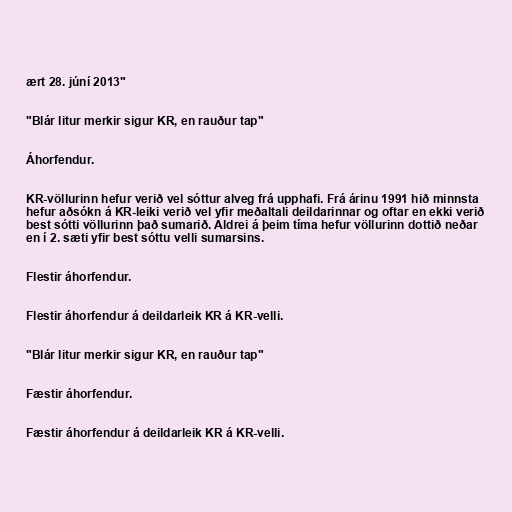
ært 28. júní 2013"

"Blár litur merkir sigur KR, en rauður tap"

Áhorfendur.

KR-völlurinn hefur verið vel sóttur alveg frá upphafi. Frá árinu 1991 hið minnsta
hefur aðsókn á KR-leiki verið vel yfir meðaltali deildarinnar og oftar en ekki verið
best sótti völlurinn það sumarið. Aldrei á þeim tíma hefur völlurinn dottið neðar
en í 2. sæti yfir best sóttu velli sumarsins.

Flestir áhorfendur.

Flestir áhorfendur á deildarleik KR á KR-velli.

"Blár litur merkir sigur KR, en rauður tap"

Fæstir áhorfendur.

Fæstir áhorfendur á deildarleik KR á KR-velli.